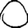
Digit: 0